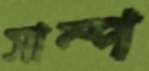
সাম্প